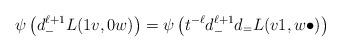
LaTeX: \begin{align*}\psi \left( d_-^{\ell+1} L(1v, 0w) \right) &= \psi \left( t^{-\ell} d_-^{\ell+1} d_= L(v1, w\bullet) \right)\end{align*}